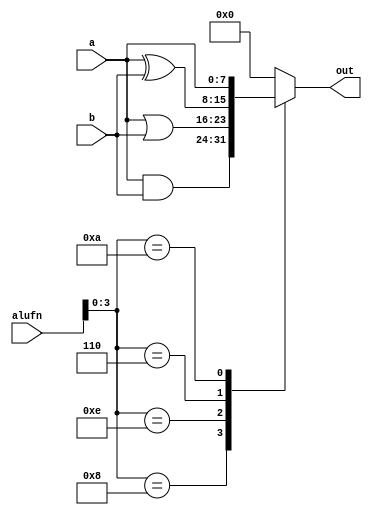
module boolean8_9 (
    input [5:0] alufn,
    input [7:0] a,
    input [7:0] b,
    output reg [7:0] out
  );
  
  
  
  always @* begin
    
    case (alufn[0+3-:4])
      4'h8: begin
        out = a & b;
      end
      4'he: begin
        out = a | b;
      end
      4'h6: begin
        out = a ^ b;
      end
      4'ha: begin
        out = a;
      end
      default: begin
        out = 8'h00;
      end
    endcase
  end
endmodule